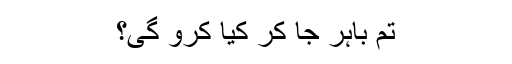
تم باہر جا کر کیا کرو گی؟